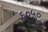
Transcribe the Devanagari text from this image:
६०५०